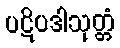
ပဋိပဒါသုတ္တံ